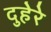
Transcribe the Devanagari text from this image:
दुहेरे